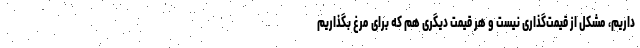
داریم، مشکل از قیمت‌گذاری نیست و هر قیمت دیگری هم که برای مرغ بگذاریم